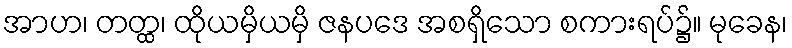
အာဟ၊ တတ္ထ၊ ထိုယမှိယမှိ ဇနပဒေ အစရှိသော စကားရပ်၌။ မုခေန၊